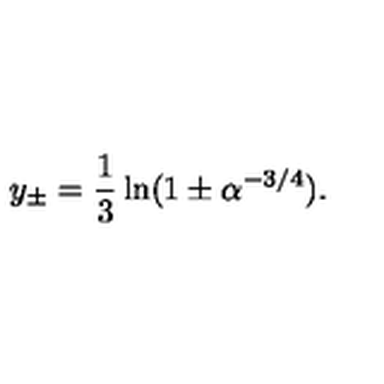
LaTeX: y _ { \pm } = \frac { 1 } { 3 } \ln ( 1 \pm \alpha ^ { - 3 / 4 } ) .